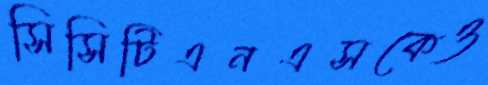
সিসিটিএনএসকেও